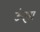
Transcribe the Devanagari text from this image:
ऊंझा